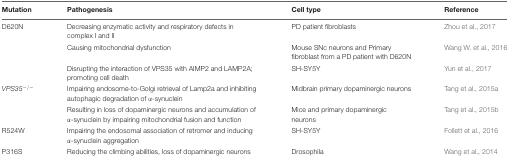
| Mutation | Pathogenesis | Cell type | Reference |
 | --- | --- | --- | --- |
 | D620N | Decreasing enzymatic activity and respiratory defects in complex I and II | PD patient fibroblasts | Zhou et al., 2017 |
 |  | Causing mitochondrial dysfunction | Mouse SNc neurons and Primary fibroblast from a PD patient with D620N | Wang W. et al., 2016 |
 |  | Disrupting the interaction of VPS35 with AIMP2 and LAMP2A; promoting cell death | SH-SY5Y | Yun et al., 2017 |
 | VPS35-/- | Impairing endosome-to-Golgi retrieval of Lamp2a and inhibiting autophagic degradation of α-synuclein | Midbrain primary dopaminergic neurons | Tang et al., 2015a |
 |  | Resulting in loss of dopaminergic neurons and accumulation of α-synuclein by impairing mitochondrial fusion and function | Mice and primary dopaminergic neurons | Tang et al., 2015b |
 | R524W | Impairing the endosomal association of retromer and inducing α-synuclein aggregation | SH-SY5Y | Follett et al., 2016 |
 | P316S | Reducing the climbing abilities, loss of dopaminergic neurons | Drosophila | Wang et al., 2014 |